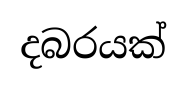
දබරයක්